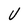
Character: U